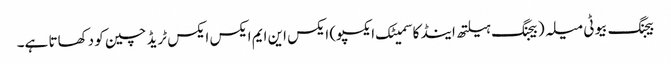
بیجنگ بیوٹی میلہ (بیجنگ ہیلتھ اینڈ کاسمیٹک ایکسپو) ایکس این ایم ایکس ایکس ٹریڈ چین کو دکھاتا ہے۔